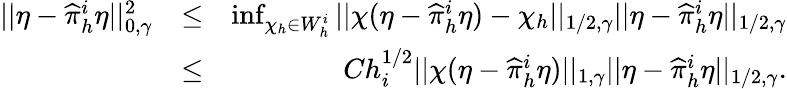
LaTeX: \begin{array}{rlr}{||\eta-\widehat\pi_{h}^{i}\eta||_{0,\gamma}^{2}}&{\le}&{\operatorname*{inf}_{\chi_{h}\in W_{h}^{i}}||\chi(\eta-\widehat\pi_{h}^{i}\eta)-\chi_{h}||_{1/2,\gamma}||\eta-\widehat\pi_{h}^{i}\eta||_{1/2,\gamma}}\\ &{\le}&{Ch_{i}^{1/2}||\chi(\eta-\widehat\pi_{h}^{i}\eta)||_{1,\gamma}||\eta-\widehat\pi_{h}^{i}\eta||_{1/2,\gamma}.}\end{array}